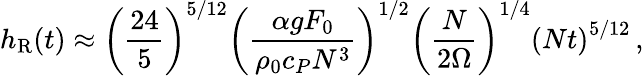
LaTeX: h_{\mathrm{R}}(t)\approx\left(\frac{24}{5}\right)^{5/12}\left(\frac{\alpha gF_{0}}{\rho_{0}c_{P}N^{3}}\right)^{1/2}\left(\frac{N}{2\Omega}\right)^{1/4}\left(Nt\right)^{5/12}\, ,